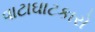
વાટાઘાટકારો